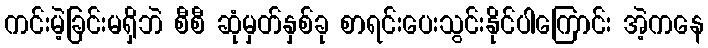
ကင်းမဲ့ခြင်းမရှိဘဲ စီစီ ဆုံမှတ်နှစ်ခု စာရင်းပေးသွင်းနိုင်ပါကြောင်း အဲ့ကနေ